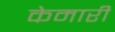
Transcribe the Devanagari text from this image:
केमारी